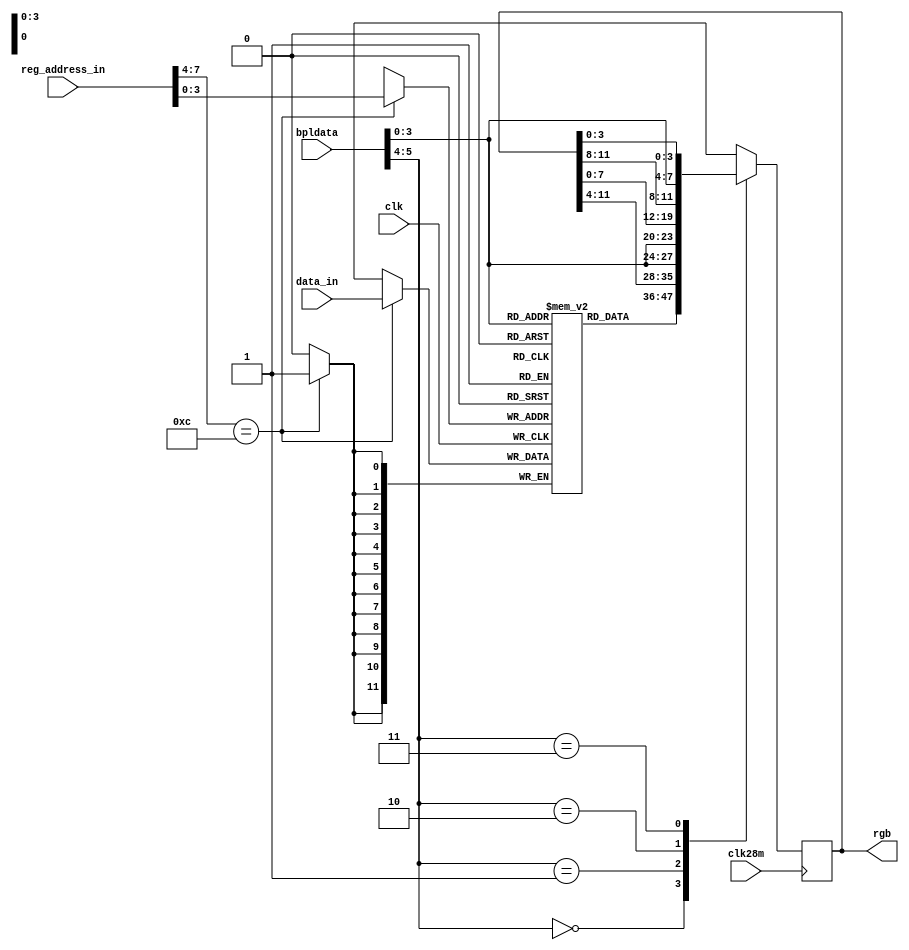
module hamgenerator
(
	input 	clk,		   			
	input	clk28m,					
	input 	[8:1] reg_address_in,	
	input 	[11:0] data_in,			
	input	[5:0] bpldata,			
	output	reg [11:0] rgb			
);
parameter COLORBASE = 9'h180;  		
reg 	[11:0] colortable [15:0];	
wire	[11:0] selcolor;			
always @(posedge clk)
	if (reg_address_in[8:5]==COLORBASE[8:5])
		colortable[reg_address_in[4:1]] <= data_in[11:0];
assign selcolor = colortable[bpldata[3:0]];   
always @(posedge clk28m)
begin
	case (bpldata[5:4])
		2'b00:
			rgb <= selcolor;
		2'b01:
			rgb  <= {rgb[11:4],bpldata[3:0]};	
		2'b10:
			rgb <= {bpldata[3:0],rgb[7:0]};
		2'b11:
			rgb <= {rgb[11:8],bpldata[3:0],rgb[3:0]};
	endcase
end
endmodule